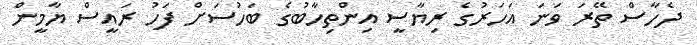
ދެހާސް ތޭރަ ވަނަ އަހަރުގެ ރިޔާސީ އިންތިހާބުގެ ބަހުސަށް ފަހު ރައީސް ޔާމީން